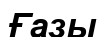
Ғазы